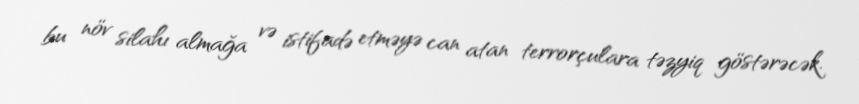
bu növ silahı almağa və istifadə etməyə can atan terrorçulara təzyiq göstərəcək.